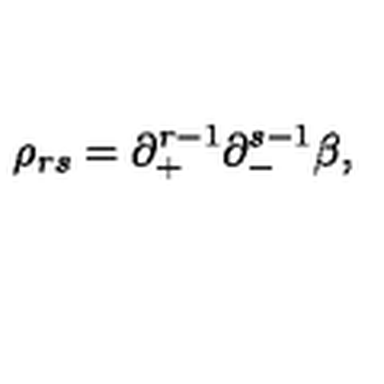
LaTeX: \rho _ { r s } = \partial _ { + } ^ { r - 1 } \partial _ { - } ^ { s - 1 } \beta ,